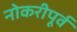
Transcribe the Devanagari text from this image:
नोकरीपूर्व